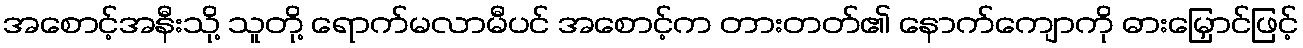
အစောင့်အနီးသို့ သူတို့ ရောက်မလာမီပင် အစောင့်က တားတတ်၏ နောက်ကျောကို ဓားမြှောင်ဖြင့်